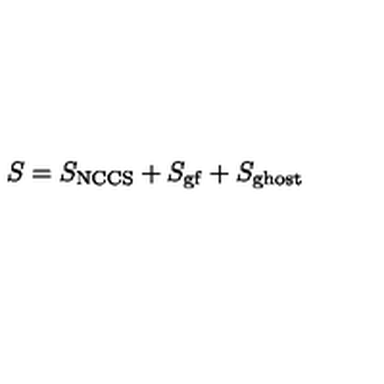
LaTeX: S = S _ { \mathrm { N C C S } } + S _ { \mathrm { g f } } + S _ { \mathrm { g h o s t } }